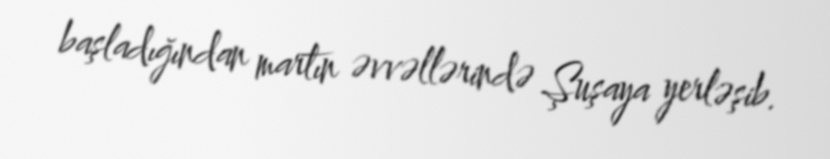
başladığından martın əvvəllərində Şuşaya yerləşib.